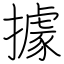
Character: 據